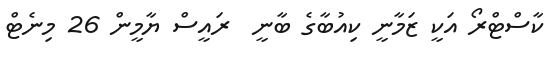
ކާސްޓްރޯ އަކީ ޒަމާނީ ކިއުބާގެ ބާނީ  ރައީސް ޔާމީން 26 މިނެޓް